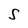
Character: S